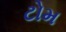
ટોમ